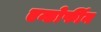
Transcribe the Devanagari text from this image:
एन्डोर्फीन